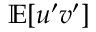
\mathbb { E } [ u ^ { \prime } v ^ { \prime } ]